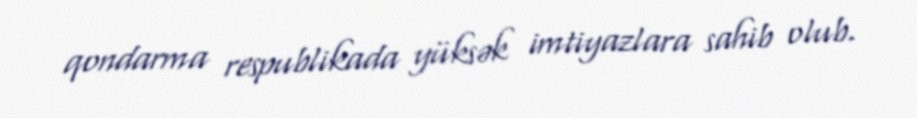
qondarma respublikada yüksək imtiyazlara sahib olub.